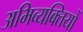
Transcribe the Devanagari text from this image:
अभिव्यक्‍तियों